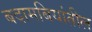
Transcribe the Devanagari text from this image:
बदामबियांतील